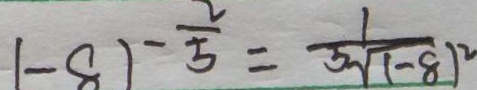
1 - 8 ) ^ { - \frac { 2 } { 5 } } = \frac { 1 } { \sqrt [ 5 ] { ( - 8 } ) ^ { 2 } }